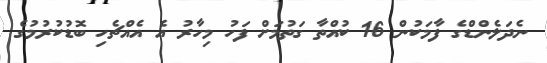
ނެދަލެންޑްގެ ފާމަކުން 16 ކުއްތާ ގަތުމަށް ފަހު މިހާރު އެ އެއްޗެހި ބޮޑުކުރުމުގެ